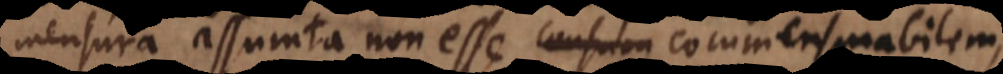
mensura assumta non esse consum commensurabilem,